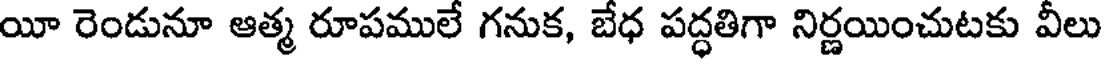
యీ రెండునూ ఆత్మ రూపములే గనుక, బేధ పద్ధతిగా నిర్ణయించుటకు వీలు